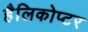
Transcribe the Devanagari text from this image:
हैलिकोप्टर